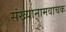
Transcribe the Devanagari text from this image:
संख्यानामवाचक